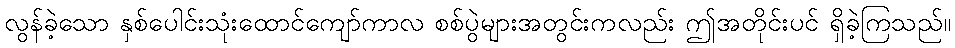
လွန်ခဲ့သော နှစ်ပေါင်းသုံးထောင်ကျော်ကာလ စစ်ပွဲများအတွင်းကလည်း ဤအတိုင်းပင် ရှိခဲ့ကြသည်။